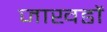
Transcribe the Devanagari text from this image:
जाखडों